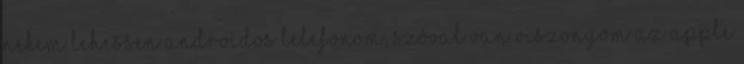
nekem lehessen Androidos telefonom, szóval van viszonyom az Apple